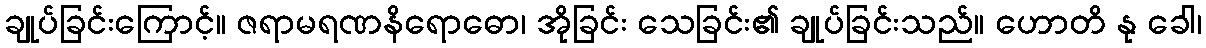
ချုပ်ခြင်းကြောင့်။ ဇရာမရဏနိရောဓော၊ အိုခြင်း သေခြင်း၏ ချုပ်ခြင်းသည်။ ဟောတိ နု ခေါ၊